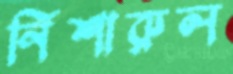
নিশারুল